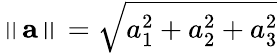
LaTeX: \left\| \mathbf{a}\right\| ={\sqrt{a_{1}^{2}+a_{2}^{2}+a_{3}^{2}}}